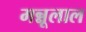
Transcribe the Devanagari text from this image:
मन्नूलाल